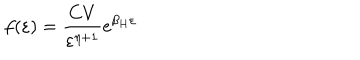
f ( \varepsilon ) = { \frac { C V } { \varepsilon ^ { \eta + 1 } } } \mathrm { e } ^ { { \beta _ { H } \varepsilon } }